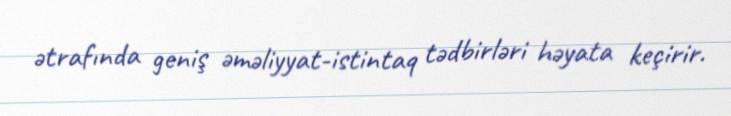
ətrafında geniş əməliyyat-istintaq tədbirləri həyata keçirir.